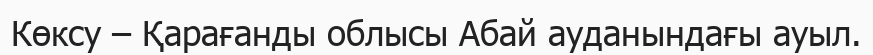
Көксу – Қарағанды облысы Абай ауданындағы ауыл.